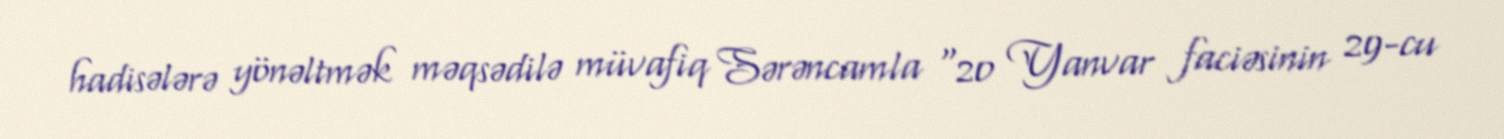
hadisələrə yönəltmək məqsədilə müvafiq Sərəncamla “20 Yanvar faciəsinin 29-cu